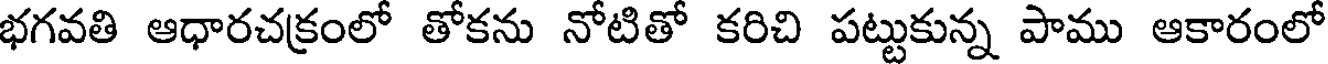
భగవతి ఆధారచక్రంలో తోకను నోటితో కరిచి పట్టుకున్న పాము ఆకారంలో